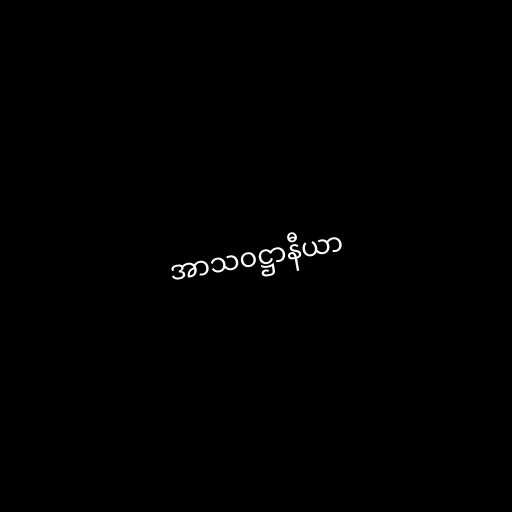
အာသဝဋ္ဌာနီယာ